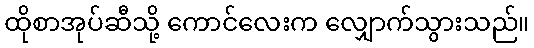
ထိုစာအုပ်ဆီသို့ ကောင်လေးက လျှောက်သွားသည်။